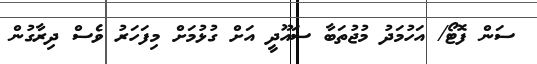
ސަން ފޮޓޯ/ އަހުމަދު މުޖުތަބާ ސައޫދީ އަށް ގުޅުމަށް މިފަހަރު ވެސް ދިރާގުން